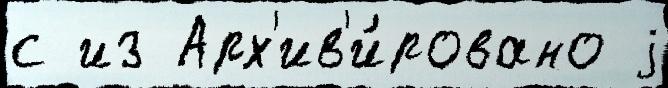
с из Арх'ив'и́ровано j